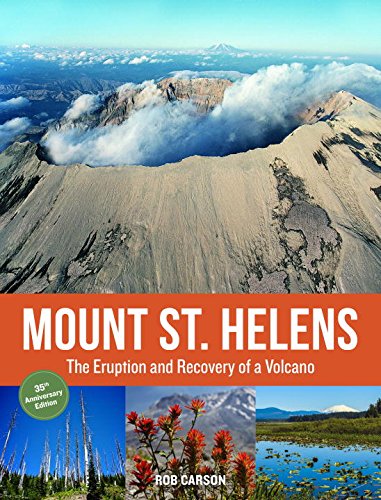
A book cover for Mount St. Helens 35th Anniversary Edition: The Eruption and Recovery of a Volcano; Rob Carson; Science & Math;